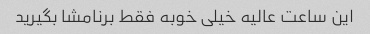
این ساعت عالیه خیلی خوبه فقط برنامشا بگیرید